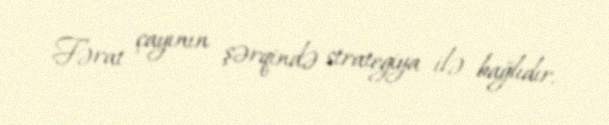
Fərat çayının şərqində strategiya ilə bağlıdır.